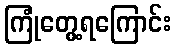
ကြုံတွေ့ရကြောင်း